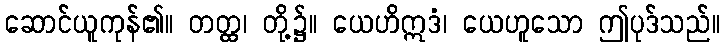
ဆောင်ယူကုန်၏။ တတ္ထ၊ တို့၌။ ယေဟိဣဒံ၊ ယေဟူသော ဤပုဒ်သည်။